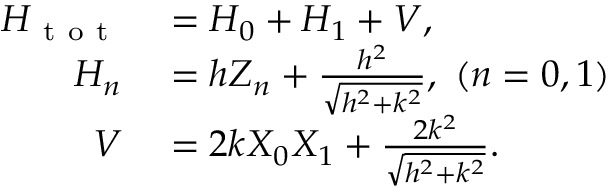
\begin{array} { r l } { H _ { \mathrm { ~ t ~ o ~ t ~ } } } & { { } = H _ { 0 } + H _ { 1 } + V , } \\ { H _ { n } } & { { } = h Z _ { n } + \frac { h ^ { 2 } } { \sqrt { h ^ { 2 } + k ^ { 2 } } } , ~ ( n = 0 , 1 ) } \\ { V } & { { } = 2 k X _ { 0 } X _ { 1 } + \frac { 2 k ^ { 2 } } { \sqrt { h ^ { 2 } + k ^ { 2 } } } . } \end{array}